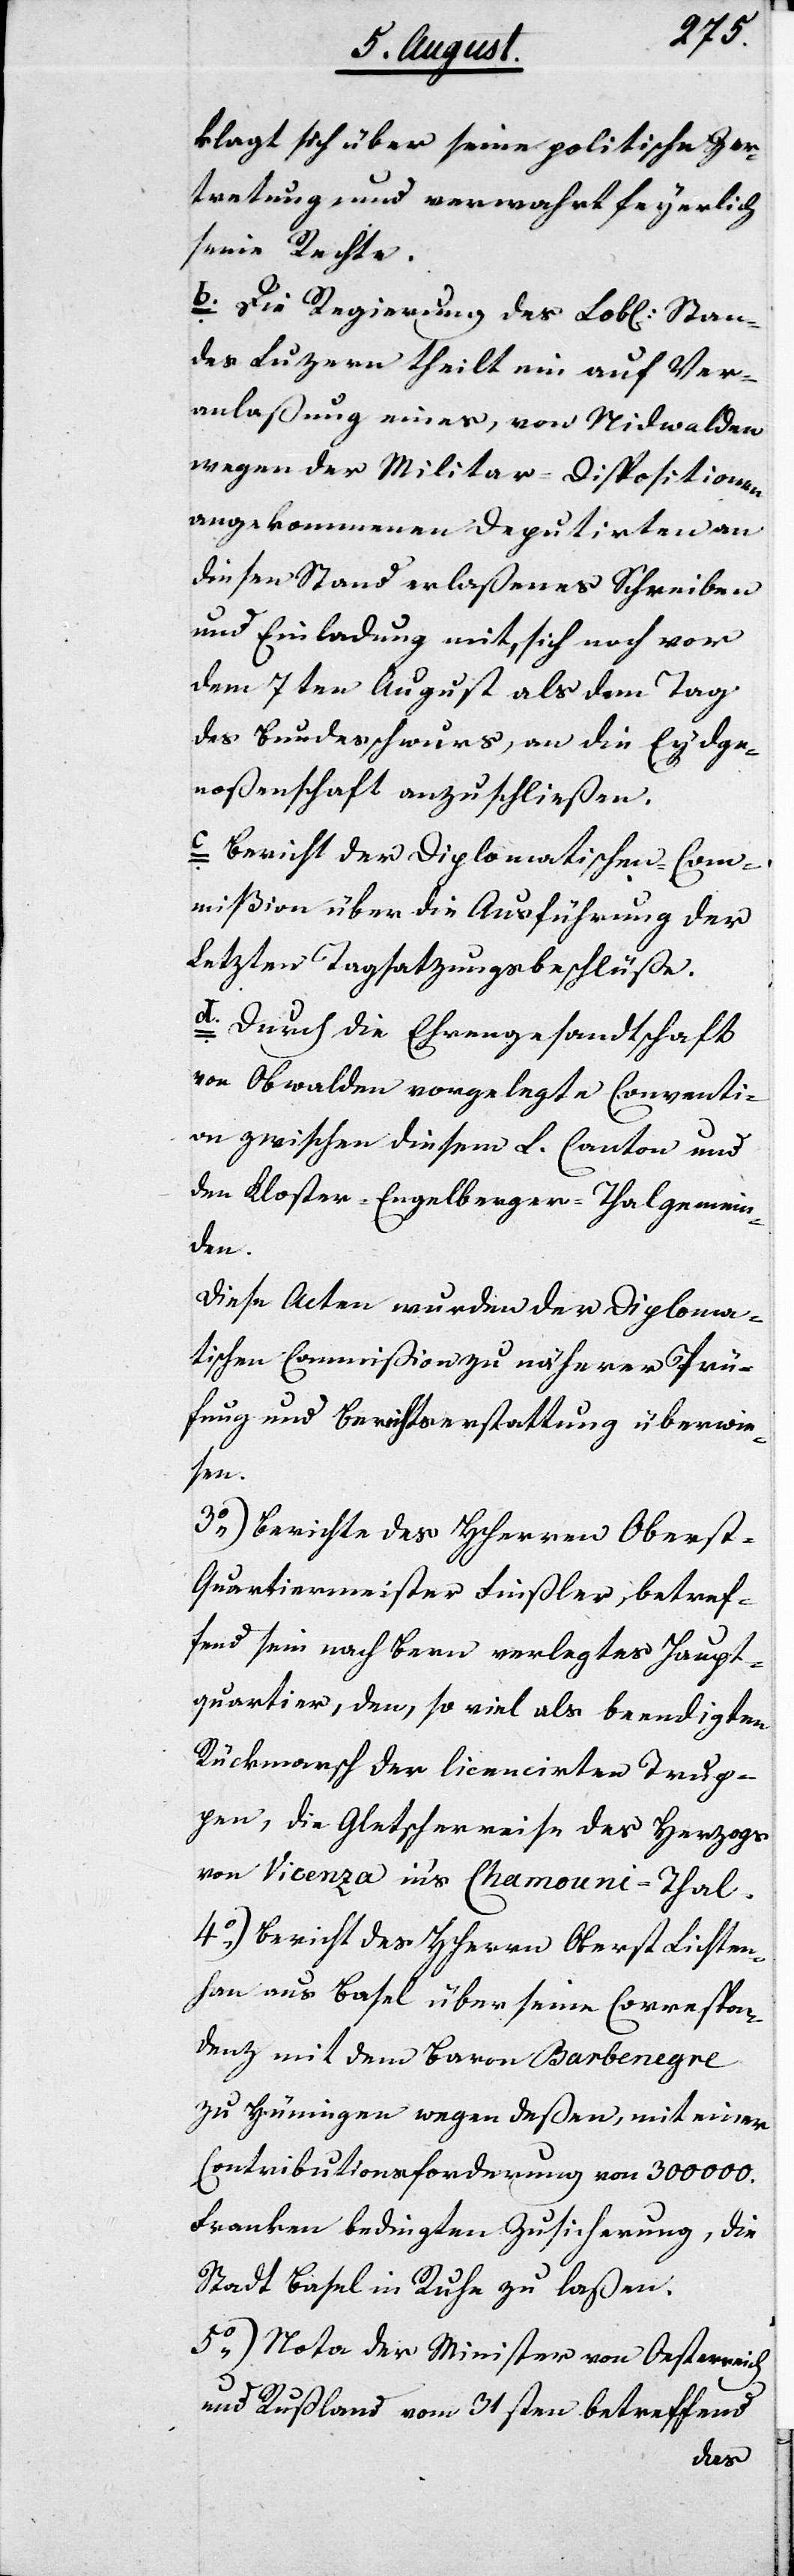
klagt sich über seine politische Zer¬
tretung, und verwahrt feyerlich
seine Rechte.
b. Die Regierung des Lobl. Stan¬
des Luzern theilt ein auf Ver¬
anlaßung eines, von Nidwalden
wegen der Militar-Dipositionen
angekommenen Deputirten an
diesen Stand erlaßenes Schreiben
und Einladung mit, sich noch vor
dem 7ten August als dem Tag
des Bundesschwurs, an die Eydge¬
noßenschaft anzuschließen.
Bericht der Diplomatischen Com¬
mißion über die Ausführung der
letzten Tagsatzungsbeschlüße.
d. Durch die Ehrengesandtschaft
von Obwalden vorgelegte Conventi¬
on zwischen diesem L. Canton und
den Kloster-Engelberger-Thalgemein¬
den.
Diese Acten wurden er Diploma¬
tischen Commißion zu näherer Prü¬
fung und Berichtserstattung überwie¬
sen.
3.) Berichte des HHerren Obers¬
t-Quartiermeister Finsler, betref¬
fend sein nach Bern verlegtes Haupt¬
quartier, den, so viel als beendigten
Rückmarsch der licencirten Trup¬
pen, die Gletscherreise des Herzogs
von Vicenza ins Chamouni-Thal.
4.) Bericht des HHerrn Oberst Lichten¬
han aus Basel über seine Correspon¬
denz mit dem Baron Barbenegre
zu Hünigen wegen deßen, mit einer
Contributionsforderung von 300 000
Franken bedingten Zusicherung, die
Stadt Basel in Ruhe zu laßen.
5.) Note der Minister von Oesterreich
und Rußland vom 31sten betreffend